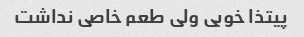
پیتذا خوبی ولی طعم خاصی نداشت